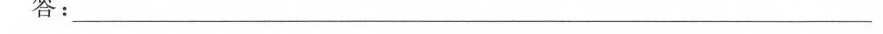
答：————————————————————————————————